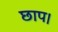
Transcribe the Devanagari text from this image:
छाप।